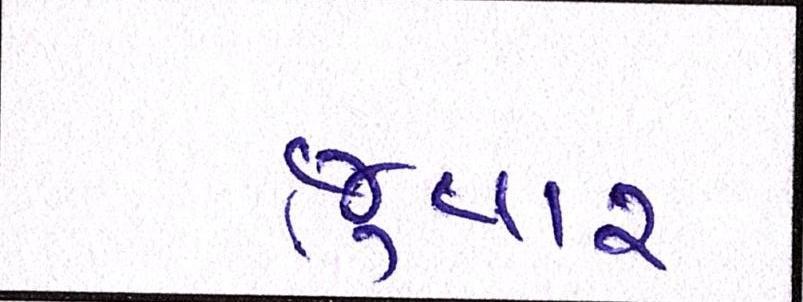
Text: જુવાર